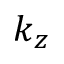
k _ { z }